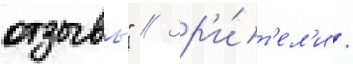
отзывы" // Зр'и́т'ел'и /